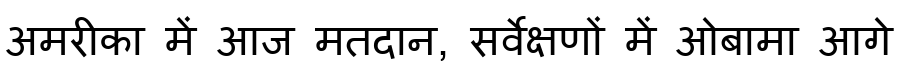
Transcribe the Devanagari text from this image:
अमरीका में आज मतदान, सर्वेक्षणों में ओबामा आगे